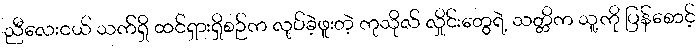
ညီလေးငယ် သက်ရှိ ထင်ရှားရှိစဉ်က လုပ်ခဲ့ဖူးတဲ့ ကုသိုလ် လှိုင်းတွေရဲ့ သတ္တိက သူ့ကို ပြန်စောင့်